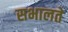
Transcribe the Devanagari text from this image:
सभालते